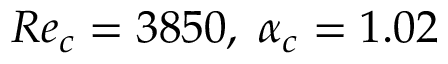
R e _ { c } = 3 8 5 0 , \; \alpha _ { c } = 1 . 0 2